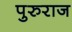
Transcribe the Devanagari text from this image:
पुरुराज